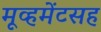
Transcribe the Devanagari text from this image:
मूव्हमेंटसह